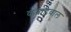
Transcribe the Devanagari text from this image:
कबाड़वाल